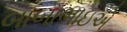
બાબાભાઇએ